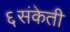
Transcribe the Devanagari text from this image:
६संकेती